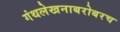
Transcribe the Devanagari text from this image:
गंथलेखनाबरोबरच